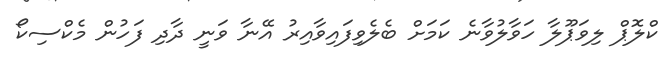
ކްލޮޕް ލިވަޕޫލާ ހަވާލުވާނެ ކަމަށް ބެލެވިފައިވާއިރު އޭނާ ވަނީ ދާދި ފަހުން މެކްސިކޯ